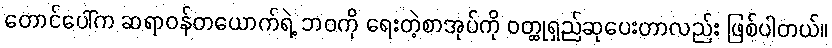
တောင်ပေါ်က ဆရာဝန်တယောက်ရဲ့ ဘဝကို ရေးတဲ့စာအုပ်ကို ဝတ္ထုရှည်ဆုပေးတာလည်း ဖြစ်ပါတယ်။